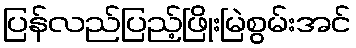
ပြန်လည်ပြည့်ဖြိုးမြဲစွမ်းအင်